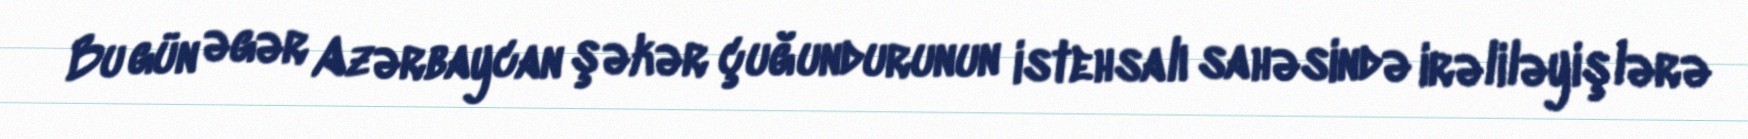
Bu gün əgər Azərbaycan şəkər çuğundurunun istehsalı sahəsində irəliləyişlərə